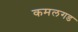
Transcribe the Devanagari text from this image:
कमलगड